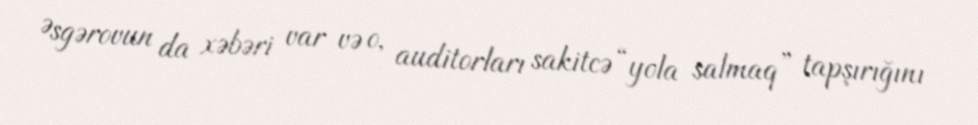
Əsgərovun da xəbəri var və o, auditorları sakitcə “yola salmaq” tapşırığını